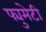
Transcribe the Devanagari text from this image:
फ्युमेटी